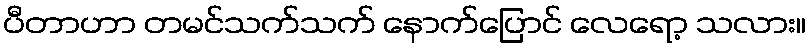
ပီတာဟာ တမင်သက်သက် နောက်ပြောင် လေရော့ သလား။